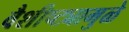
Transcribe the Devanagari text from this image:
वैशीष्ट्यामुळे